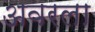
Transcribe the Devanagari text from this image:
अवरला